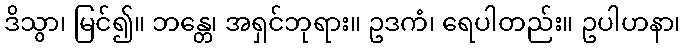
ဒိသွာ၊ မြင်၍။ ဘန္တေ၊ အရှင်ဘုရား။ ဥဒကံ၊ ရေပါတည်း။ ဥပါဟနာ၊